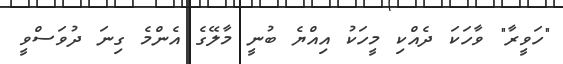
"ހަވީރާ" ވާހަކަ ދެއްކި މީހަކު އިއްޔެ ބުނީ މާލޭގެ އެންމެ ގިނަ ދުވަސްވީ